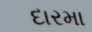
દારમા